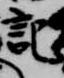
記